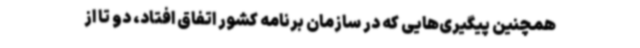
همچنین پیگیری‌هایی که در سازمان برنامه کشور اتفاق افتاد، دو تا از